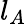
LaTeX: l_{A}